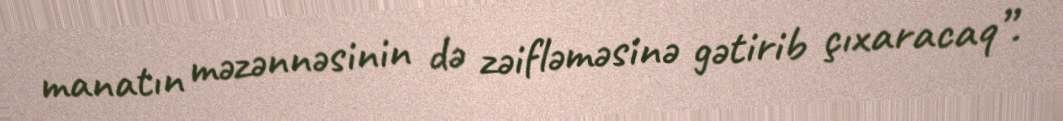
manatın məzənnəsinin də zəifləməsinə gətirib çıxaracaq”.